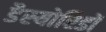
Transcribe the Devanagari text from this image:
डैस्योरिडों